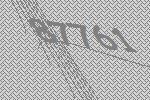
87761